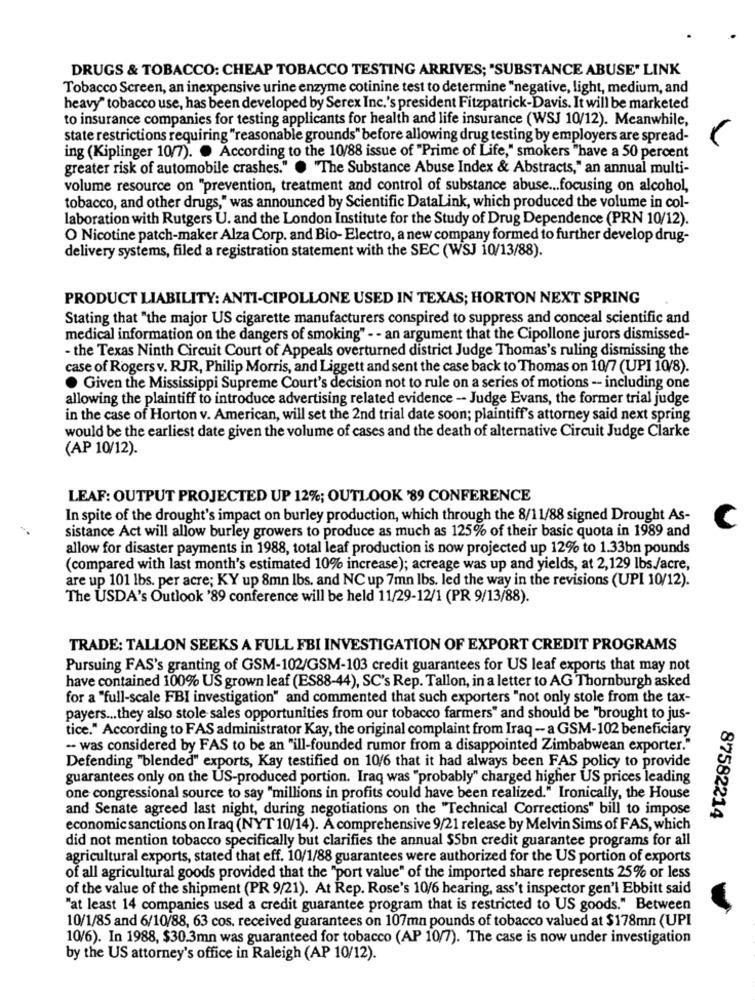
DRUGS & TOBACCO: CHEAP TOBACCO TESTING ARRIVES; "SUBSTANCE ABUSE" LINK
Tobacco Screen, an inexpensive urine enzyme cotinine test to determine "negative, light, medium, and
heavy" tobacco use, has been developed by Serex Inc.'s president Fitzpatrick-Davis. It will be marketed
to insurance companies for testing applicants for health and life insurance (WSJ 10/12). Meanwhile,
state restrictions requiring "reasonable grounds" before allowing drug testing by employers are spread-
V
ing (Kiplinger 10/7). . According to the 10/88 issue of "Prime of Life," smokers "have a 50 percent
greater risk of automobile crashes." . "The Substance Abuse Index & Abstracts," an annual multi-
volume resource on "prevention, treatment and control of substance abuse ... focusing on alcohol,
tobacco, and other drugs," was announced by Scientific DataLink, which produced the volume in col-
laboration with Rutgers U. and the London Institute for the Study of Drug Dependence (PRN 10/12).
O Nicotine patch-maker Alza Corp. and Bio- Electro, a new company formed to further develop drug-
delivery systems, filed a registration statement with the SEC (WSJ 10/13/88).
PRODUCT LIABILITY: ANTI-CIPOLLONE USED IN TEXAS; HORTON NEXT SPRING
Stating that "the major US cigarette manufacturers conspired to suppress and conceal scientific and
medical information on the dangers of smoking" - - an argument that the Cipollone jurors dismissed-
- the Texas Ninth Circuit Court of Appeals overturned district Judge Thomas's ruling dismissing the
case of Rogers v. RJR, Philip Morris, and Liggett and sent the case back to Thomas on 10/7 (UPI 10/8).
· Given the Mississippi Supreme Court's decision not to rule on a series of motions - including one
allowing the plaintiff to introduce advertising related evidence - Judge Evans, the former trial judge
in the case of Horton v. American, will set the 2nd trial date soon; plaintiff's attorney said next spring
would be the earliest date given the volume of cases and the death of alternative Circuit Judge Clarke
(AP 10/12).
LEAF: OUTPUT PROJECTED UP 12%; OUTLOOK '89 CONFERENCE
In spite of the drought's impact on burley production, which through the 8/11/88 signed Drought As-
sistance Act will allow burley growers to produce as much as 125% of their basic quota in 1989 and
C
allow for disaster payments in 1988, total leaf production is now projected up 12% to 1.33bn pounds
(compared with last month's estimated 10% increase); acreage was up and yields, at 2,129 lbs./acre,
are up 101 lbs. per acre; KY up 8mn lbs. and NC up 7mn lbs. led the way in the revisions (UPI 10/12).
The USDA's Outlook '89 conference will be held 11/29-12/1 (PR 9/13/88).
TRADE: TALLON SEEKS A FULL FBI INVESTIGATION OF EXPORT CREDIT PROGRAMS
Pursuing FAS's granting of GSM-102/GSM-103 credit guarantees for US leaf exports that may not
have contained 100% US grown leaf (ES88-44), SC's Rep. Tallon, in a letter to AG Thornburgh asked
for a "full-scale FBI investigation" and commented that such exporters "not only stole from the tax-
payers ... they also stole sales opportunities from our tobacco farmers" and should be "brought to jus-
tice." According to FAS administrator Kay, the original complaint from Iraq - a GSM-102 beneficiary
-- was considered by FAS to be an "ill-founded rumor from a disappointed Zimbabwean exporter."
Defending "blended" exports, Kay testified on 10/6 that it had always been FAS policy to provide
guarantees only on the US-produced portion. Iraq was "probably" charged higher US prices leading
one congressional source to say "millions in profits could have been realized." Ironically, the House
and Senate agreed last night, during negotiations on the "Technical Corrections" bill to impose
87582214
economic sanctions on Iraq (NYT 10/14). A comprehensive 9/21 release by Melvin Sims of FAS, which
did not mention tobacco specifically but clarifies the annual $5bn credit guarantee programs for all
agricultural exports, stated that eff. 10/1/88 guarantees were authorized for the US portion of exports
of all agricultural goods provided that the "port value" of the imported share represents 25% or less
of the value of the shipment (PR 9/21). At Rep. Rose's 10/6 hearing, ass't inspector gen'l Ebbitt said
"at least 14 companies used a credit guarantee program that is restricted to US goods." Between
10/1/85 and 6/10/88, 63 cos. received guarantees on 107mn pounds of tobacco valued at $178mn (UPI
10/6). In 1988, $30.3mn was guaranteed for tobacco (AP 10/7). The case is now under investigation
by the US attorney's office in Raleigh (AP 10/12).